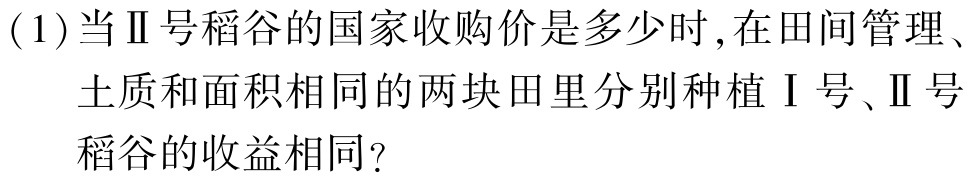
(1)当Ⅱ号稻谷的国家收购价是多少时,在田间管理、
土质和面积相同的两块田里分别种植Ⅰ号、Ⅱ号
稻谷的收益相同?